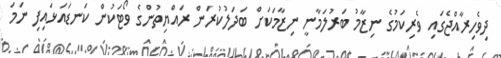
ދިވެހިރާއްޖެގައި ވެރިކަމުގެ ނިޒާމު ބަރުލަމާނީ ނިޒާމަކަށް ބަދަލުކުރަން ރައްޔިތުންގެ ވޯޓަކުން ކަނޑައަޅައިފި ނަމަ